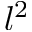
l ^ { 2 }